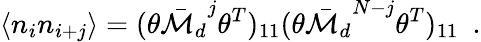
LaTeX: \langle n_{i}n_{i+j}\rangle=(\theta{{\bar{\cal M}_{d}}}^{j}\theta^{T})_{11}(\theta{{\bar{\cal M}_{d}}}^{N-j}\theta^{T})_{11}\ \ .